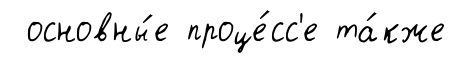
основны́е проце́сс'е та́кже